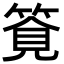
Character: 𥰖